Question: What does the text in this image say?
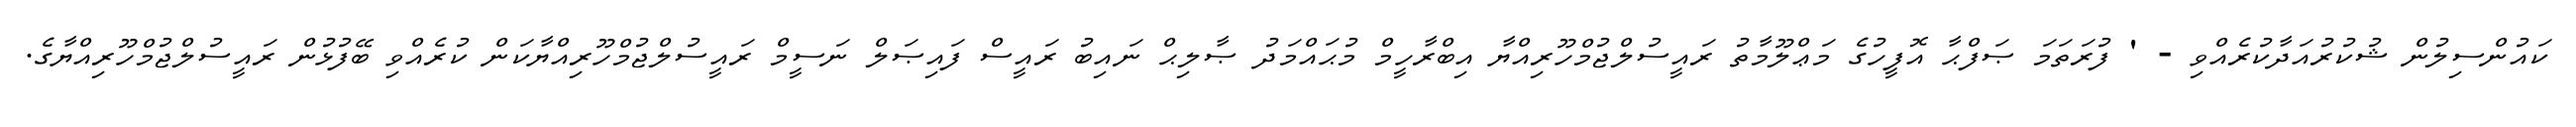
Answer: ކައުންސިލުން ޝުކުރުއަދާކުރެއްވި - ' ފުރަތަމަ ޞަފްޙާ އޮފީހުގެ މަޢްލޫމާތު ރައީސުލްޖުމްހޫރިއްޔާ އިބްރާހީމް މުޙައްމަދު ޞާލިޙް ނައިބު ރައީސް ފައިޞަލް ނަސީމް ރައީސުލްޖުމްހޫރިއްޔާކަން ކުރެއްވި ބޭފުޅުން ރައީސުލްޖުމްހޫރިއްޔާގެ.